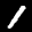
Digit: 1